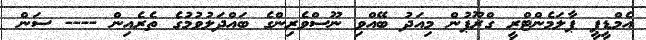
އެމްޑީޕީ ޕާލަމެންޓްރީ ގްރޫޕުން މިއަދު ބޭއްވި ނޫސްވެރިންގެ ބައްދަލުވުމުގެ ތެރެއިން ---- ސަން